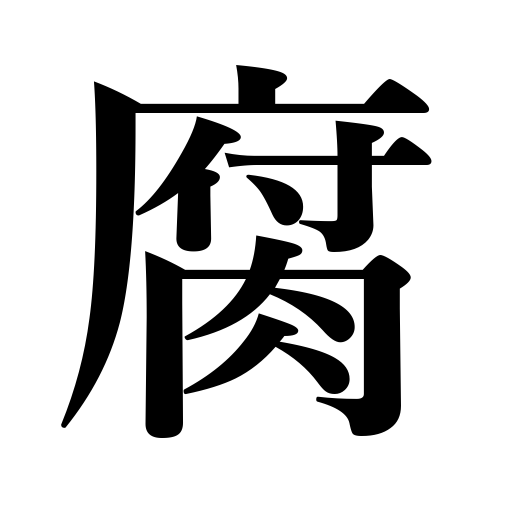
Meanings: let spoil,rot,be corrupted,corrode,feel gloomy,addle,fester,decay,turn sour